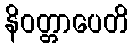
နိဝတ္တာပေတိ